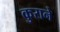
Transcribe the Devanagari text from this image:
कुराने